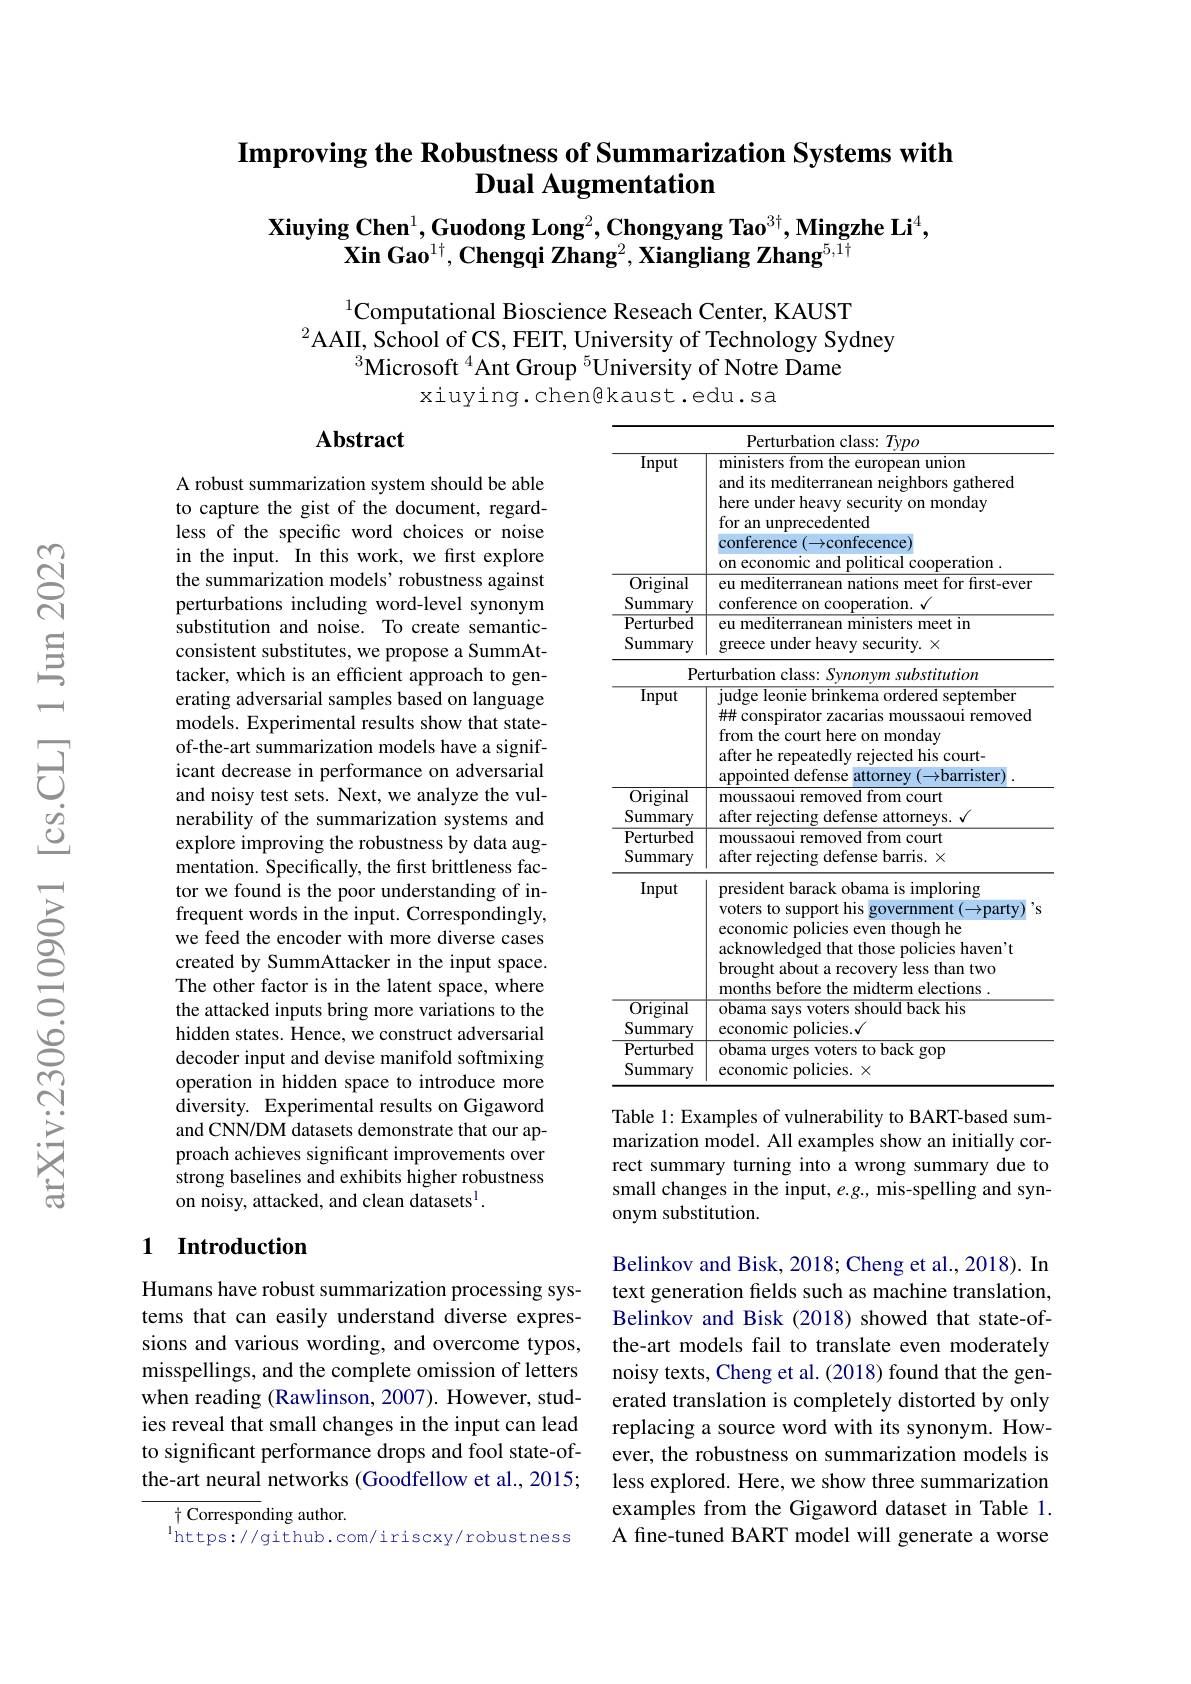
## Improving the Robustness of Summarization Systems with Dual Augmentation

$\textbf{Xiuying Chen}^1,\textbf{Guodong Long}^2,\textbf{Chongyang Tao}^{3\dagger},\textbf{Mingzhe Li}^4$,
$\textbf{Xin Gao}^{1\dagger},\textbf{Chengqi Zhang}^2,\textbf{Xiangliang Zhang}^{5,1\dagger}$

$^{1}$Computational Bioscience Reseach Center, KAUST
$^{2}$AAII, School of CS, FEIT, University of Technology Sydney
$^{3}$Microsoft $^{4}$Ant Group $^{5}$University of Notre Dame
xiuying.chen@kaust.edu.sa

## Abstract

<table>
	<tbody>
		<tr>
			<th> </th>
			<th>$Pe$ Tvpo</th>
		</tr>
		<tr>
			<th>Input</th>
			<th>ministers from the european union and its mediterranean neighbors gathered here under heavy security on monday for an unprecedented conference $(\rightarrow$confecence) on economic and political cooperation</th>
		</tr>
		<tr>
			<td>Original Summary</td>
			<td>eu mediterranean nations meet for first-ever conference on neration $\sqrt{2}$ conn</td>
		</tr>
		<tr>
			<td>MIIII .1007 -4 Perturbed Summary</td>
			<td>eu mediterranean ministers meet in greece under heavy security. $\times$</td>
		</tr>
		<tr>
			<td>$\mathbf{P}_{\mathrm{P}}$</td>
			<td> </td>
		</tr>
		<tr>
			<td>$\overline{\mathrm{Input}}$</td>
			<td>judge leonie brinkema ordered september ## conspirator zacarias moussaoui removed from the court here on monday after he repeatedly rejected his court- appointed defense attorney $(\to$barrister)</td>
		</tr>
		<tr>
			<td>Original Summary</td>
			<td>moussaoui removed from court after rejecting defense attorneys. √</td>
		</tr>
		<tr>
			<td>Perturbed Summary</td>
			<td>moussaoui removed from court after rejecting defense barris. $\times$</td>
		</tr>
		<tr>
			<td>Input</td>
			<td>president barack obama is imploring voters to support his $\operatorname{government}(\to$party economic policies even though he acknowledged that those policies haven't brought about a recovery less than two months before the midterm elections .</td>
		</tr>
		<tr>
			<td>$\overline{{\mathrm{Original}}}$ Summary</td>
			<td>obama says voters should back his economic policies.√</td>
		</tr>
		<tr>
			<td>${\mathrm{Perturbed}}$ Summary</td>
			<td>${\overline{\text{obama urges voters to back gop}}}$ economic policies. $\times$</td>
		</tr>
	</tbody>
</table>

A robust summarization system should be able to capture the gist of the document, regardless of the specific word choices or noise in the input. In this work, we first explore the summarization models' robustness against perturbations including word-level synonym substitution and noise. To create semanticconsistent substitutes, we propose a SummAttacker, which is an efficient approach to generating adversarial samples based on language models. Experimental results show that stateof-the-art summarization models have a significant decrease in performance on adversarial and noisy test sets. Next, we analyze the vulnerability of the summarization systems and explore improving the robustness by data augmentation. Specifically, the first brittleness factor we found is the poor understanding of infrequent words in the input. Correspondingly, we feed the encoder with more diverse cases created by SummAttacker in the input space. The other factor is in the latent space, where the attacked inputs bring more variations to the hidden states. Hence, we construct adversarial decoder input and devise manifold softmixing operation in hidden space to introduce more diversity. Experimental results on Gigaword and CNN/DM datasets demonstrate that our approach achieves significant improvements over strong baselines and exhibits higher robustness on noisy, attacked, and clean datasets$^{\mathrm{l}}.$

Table 1: Examples of vulnerability to BART-based summarization model. All examples show an initially correct summary turning into a wrong summary due to small changes in the input, e.g, mis-spelling and synonym substitution.

## 1 Introduction

Humans have robust summarization processing systems that can easily understand diverse expressions and various wording, and overcome typos, misspellings, and the complete omission of letters when reading (Rawlinson, 2007). However, studies reveal that small changes in the input can lead to significant performance drops and fool state-ofthe-art neural networks (Goodfellow et al., 2015;

Belinkov and Bisk, 2018; Cheng et al., 2018). In text generation fields such as machine translation, Belinkov and Bisk (2018) showed that state-ofthe-art models fail to translate even moderately noisy texts, Cheng et al. (2018) found that the generated translation is completely distorted by only replacing a source word with its synonym. However, the robustness on summarization models is less explored. Here, we show three summarization examples from the Gigaword dataset in Table 1. A fine-tuned BART model will generate a worse

$\dagger$ Corresponding author.
$^{\mathrm{l} }$https: / / github. com/ iriscxy/ robustness